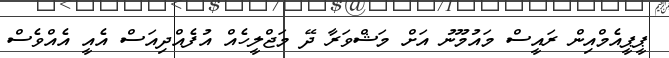
ޕީޕީއެމްއިން ރައީސް މައުމޫނު އަށް މަޝްވަރާ ދޭ މަޖްލީހެއް އުފެއްދިއަސް އެއީ އެއްވެސް